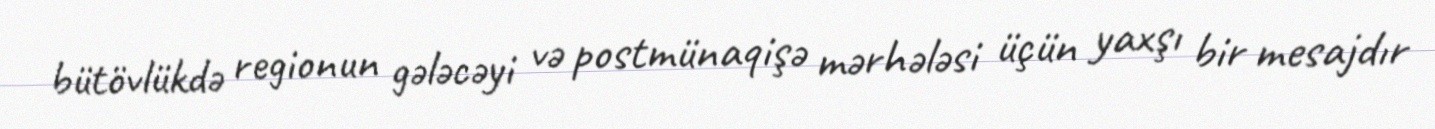
bütövlükdə regionun gələcəyi və postmünaqişə mərhələsi üçün yaxşı bir mesajdır